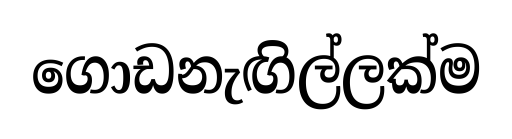
ගොඩනැඟිල්ලක්ම